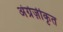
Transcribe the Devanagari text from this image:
अंग्रेज़ीकृत